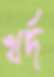
খর্দ